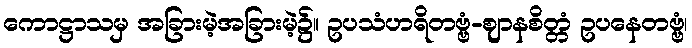
ကောဋ္ဌာသမှ အခြားမဲ့အခြားမဲ့၌။ ဥပသံဟရိတဗ္ဗံ-ဈာနစိတ္တံ ဥပနေတဗ္ဗံ၊